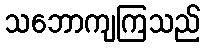
သဘောကျကြသည်